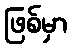
ဖြစ်မှာ